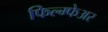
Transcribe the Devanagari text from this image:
फिल्म्फेअर